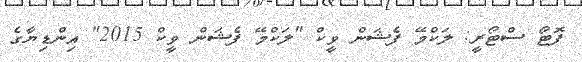
ފޮޓޯ ސްޓޯރީ: ލަކްމޭ ފެޝަން ވީކް "ލަކްމޭ ފެޝަން ވީކް 2015" އިންޑިޔާގެ